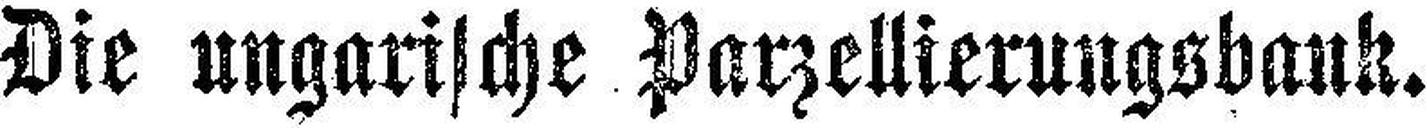
Die ungarische Parzellierungsbank.